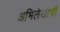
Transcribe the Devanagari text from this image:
अभिलेखाची